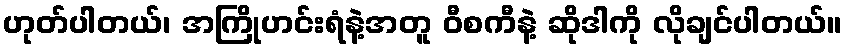
ဟုတ်ပါတယ်၊ အကြိုဟင်းရံနဲ့အတူ ဝီစကီနဲ့ ဆိုဒါကို လိုချင်ပါတယ်။